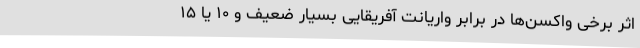
اثر برخی واکسن‌ها در برابر واریانت آفریقایی بسیار ضعیف و ۱۰ یا ۱۵